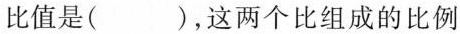
比值是( )，这两个比组成的比例